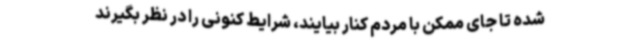
شده تا جای ممکن با مردم کنار بیایند، شرایط کنونی را در نظر بگیرند